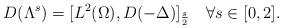
LaTeX: \begin{align*}D(\Lambda^s)=[L^2(\Omega), D(-\Delta)]_{\frac s2}\quad\forall s\in [0, 2].\end{align*}